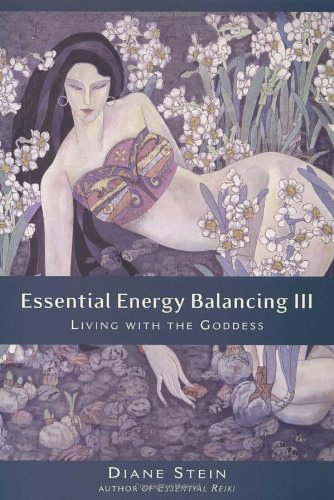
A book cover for Essential Energy Balancing III: Living with the Goddess; Diane Stein; Religion & Spirituality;